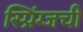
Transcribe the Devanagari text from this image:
स्प्रिंग्जची